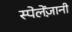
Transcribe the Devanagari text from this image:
स्पेलेंज़ानी